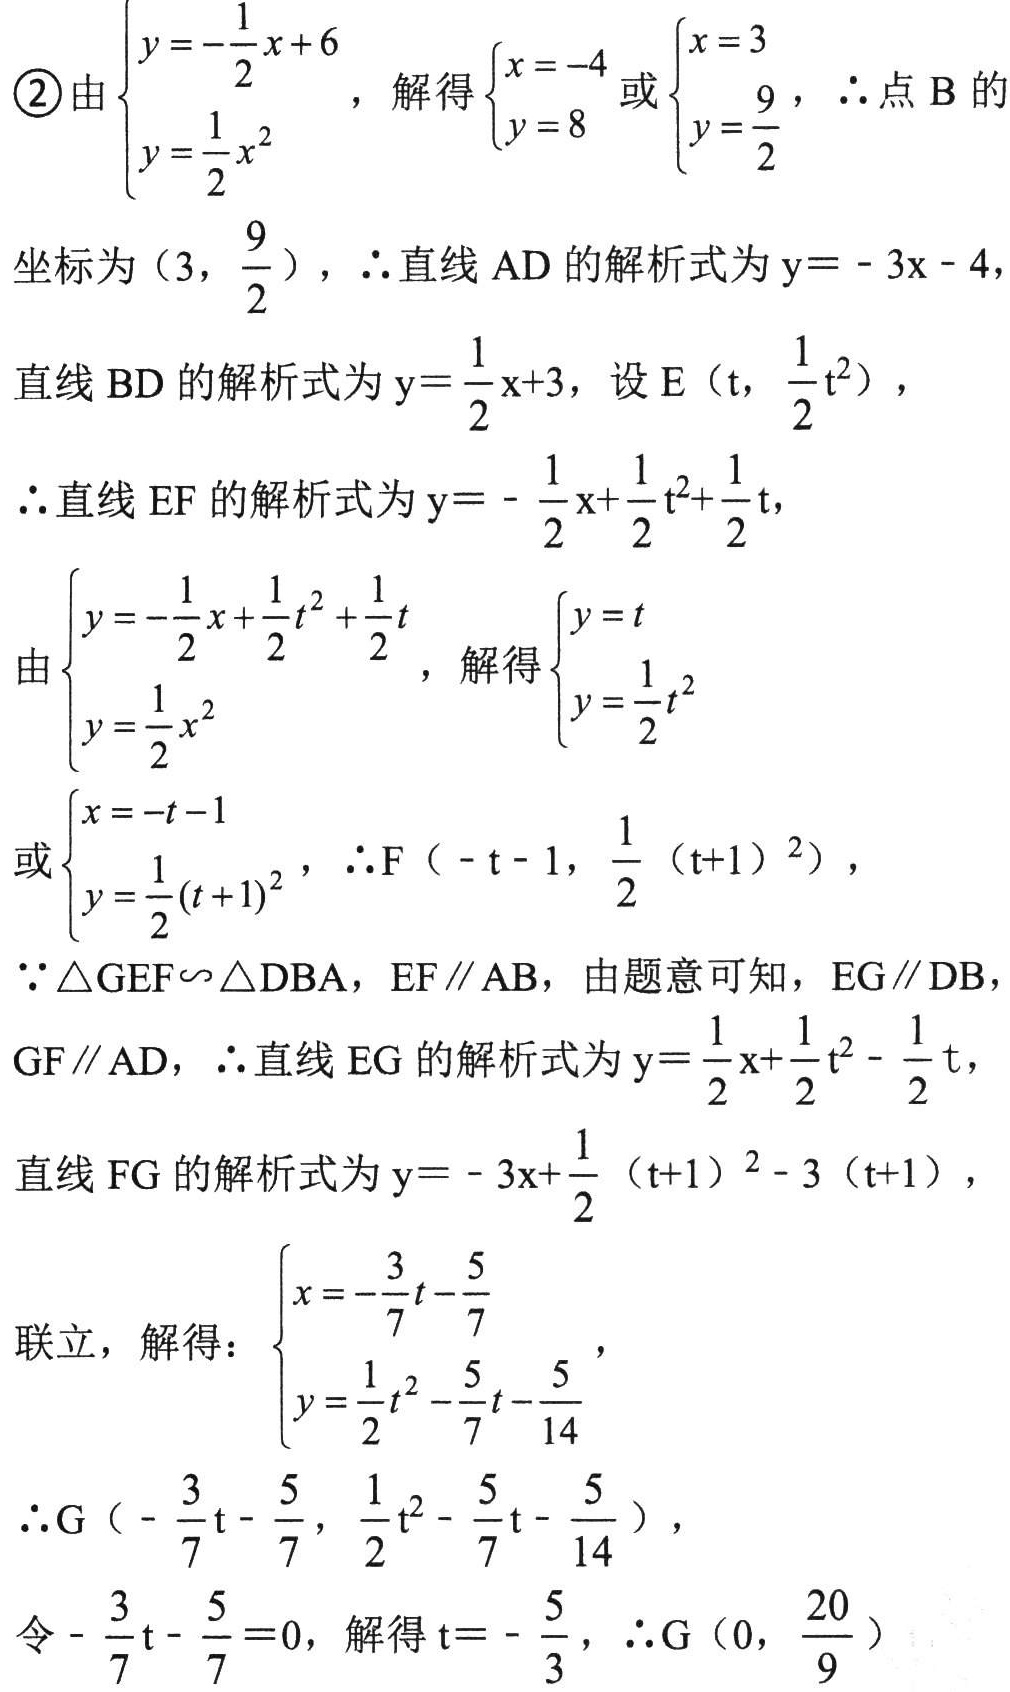
\begin{align*}
&\textcircled{2} 由\left\{\begin{array}{l}y = -\frac{1}{2}x + 6\\y=\frac{1}{2}x^{2}\end{array}\right.，解得\left\{\begin{array}{l}x = - 4\\y = 8\end{array}\right.或\left\{\begin{array}{l}x = 3\\y=\frac{9}{2}\end{array}\right.，\therefore\text{点 B 的}\\
&\text{坐标为}\left(3,\frac{9}{2}\right)，\therefore\text{直线 AD 的解析式为}y = - 3x - 4，\\
&\text{直线 BD 的解析式为}y=\frac{1}{2}x + 3，\text{设}E\left(t,\frac{1}{2}t^{2}\right)，\\
&\therefore\text{直线 EF 的解析式为}y = -\frac{1}{2}x+\frac{1}{2}t^{2}+\frac{1}{2}t，\\
&由\left\{\begin{array}{l}y = -\frac{1}{2}x+\frac{1}{2}t^{2}+\frac{1}{2}t\\y=\frac{1}{2}x^{2}\end{array}\right.，解得\left\{\begin{array}{l}y = t\\y=\frac{1}{2}t^{2}\end{array}\right.\\
&或\left\{\begin{array}{l}x = -t - 1\\y=\frac{1}{2}(t + 1)^{2}\end{array}\right.，\therefore F\left(-t - 1,\frac{1}{2}(t + 1)^{2}\right)，\\
&\because\triangle GEF\backsim\triangle DBA，EF\parallel AB，\text{由题意可知}，EG\parallel DB，\\
&GF\parallel AD，\therefore\text{直线 EG 的解析式为}y=\frac{1}{2}x+\frac{1}{2}t^{2}-\frac{1}{2}t，\\
&\text{直线 FG 的解析式为}y = - 3x+\frac{1}{2}(t + 1)^{2}-3(t + 1)，\\
&\text{联立}，\text{解得}：\left\{\begin{array}{l}x = -\frac{3}{7}t-\frac{5}{7}\\y=\frac{1}{2}t^{2}-\frac{5}{7}t-\frac{5}{14}\end{array}\right.，\\
&\therefore G\left(-\frac{3}{7}t-\frac{5}{7},\frac{1}{2}t^{2}-\frac{5}{7}t-\frac{5}{14}\right)，\\
&\text{令}-\frac{3}{7}t-\frac{5}{7}=0，\text{解得}t = -\frac{5}{3}，\therefore G\left(0,\frac{20}{9}\right)
\end{align*}